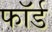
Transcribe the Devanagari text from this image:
फॉर्ड